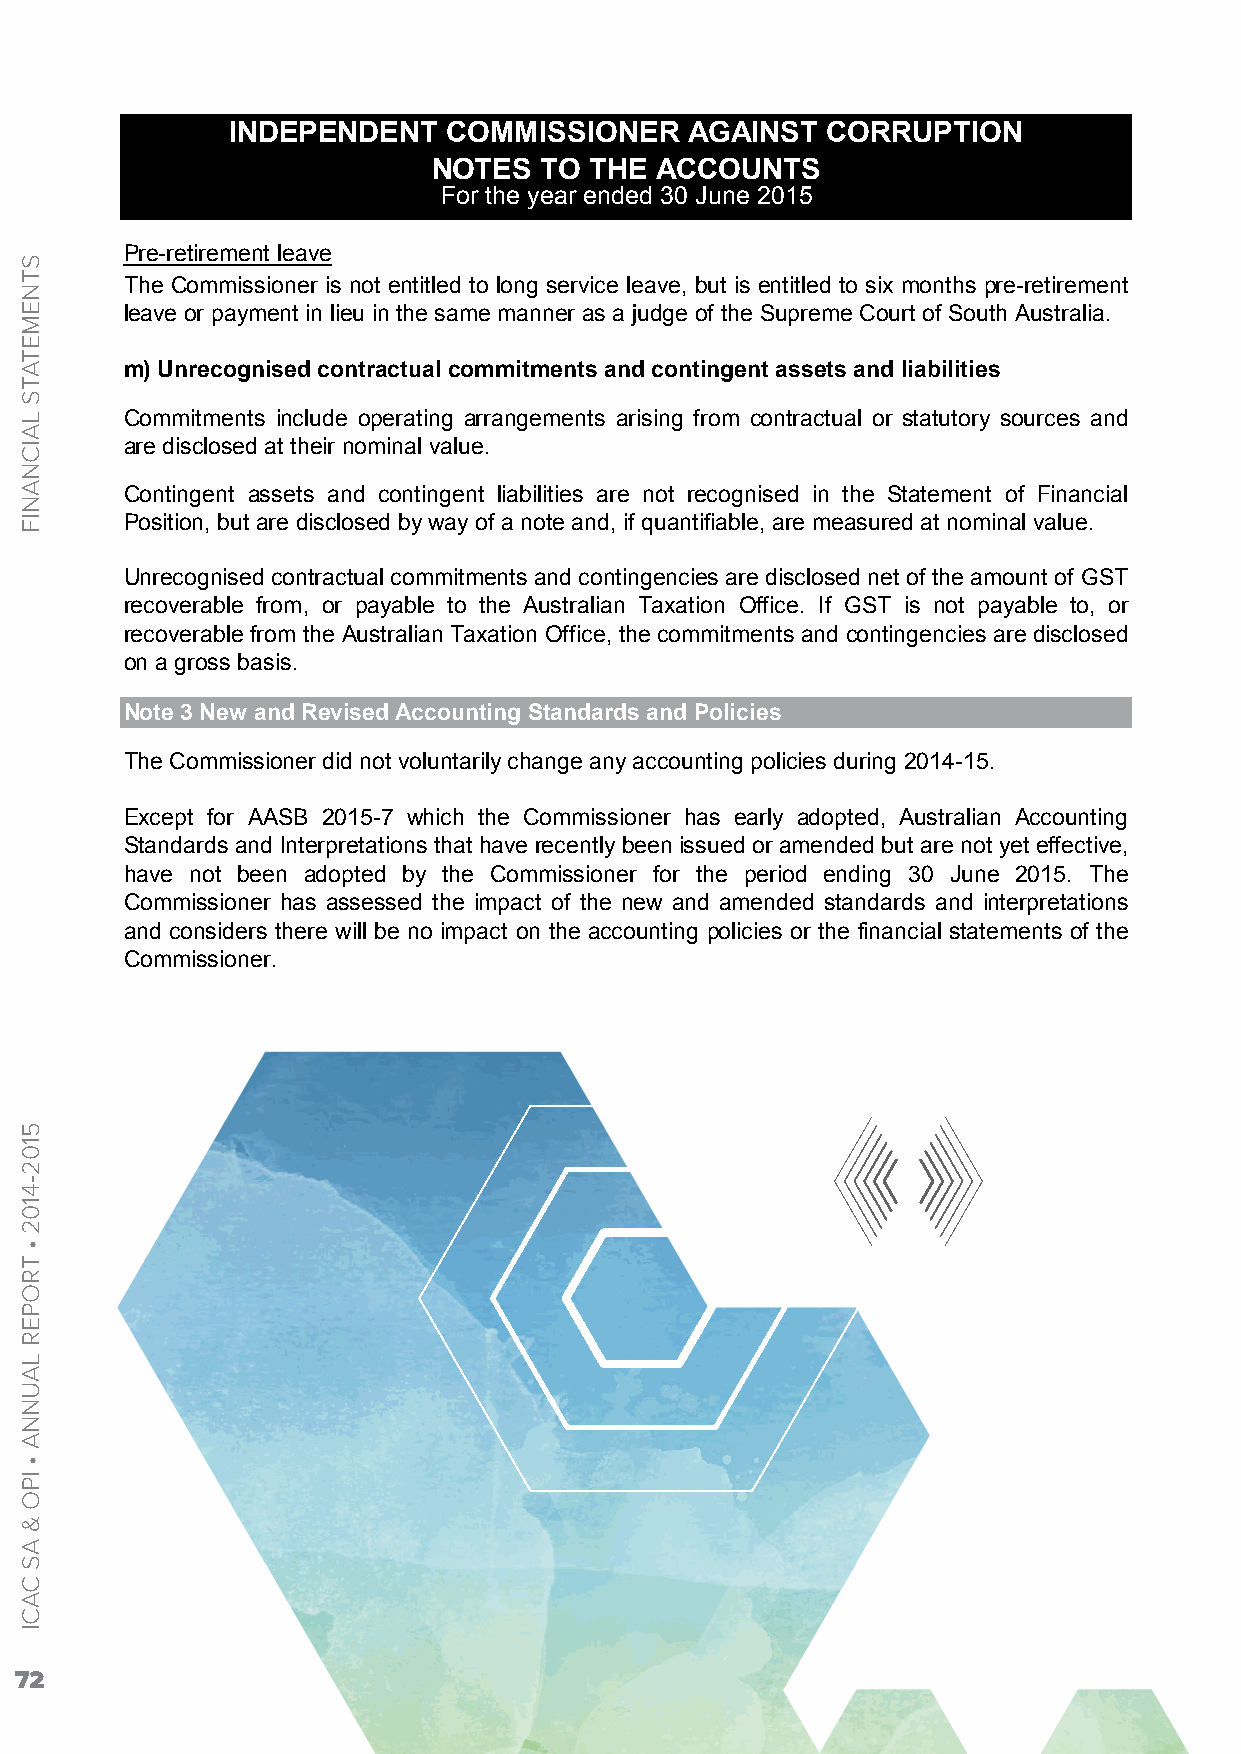
INDEPENDENT    COMMISSIONER    AGAINST  CORRUPTION
 NOTES  TO THE ACCOUNTS
 For the year ended 30 June 2015
 Pre-retirement leave
 The Commissioner is not entitled to long service leave, but is entitled to six months pre-retirement
 leave or payment in lieu in the same manner as a judge of the Supreme Court of South Australia.
 m) Unrecognised contractual commitments and contingent assets and liabilities
 Commitments include operating arrangements arising from contractual or statutory sources and
 are disclosed at their nominal value.
 Contingent assets and contingent liabilities are not recognised in the Statement of Financial
 Position, but are disclosed by way of a note and, if quantifiable, are measured at nominal value.
 Unrecognised contractual commitments and contingencies are disclosed net of the amount of GST
 recoverable from, or payable to the Australian Taxation Office. If GST is not payable to, or
 recoverable from the Australian Taxation Office, the commitments and contingencies are disclosed
 on a gross basis.
 Note 3 New and Revised Accounting Standards and Policies
 The Commissioner did not voluntarily change any accounting policies during 2014-15.
 Except for AASB 2015-7 which the Commissioner has early adopted, Australian Accounting
 Standards and Interpretations that have recently been issued or amended but are not yet effective,
 have not been adopted by the Commissioner for the period ending 30 June 2015. The
 Commissioner has assessed the impact of the new and amended standards and interpretations
 and considers there will be no impact on the accounting policies or the financial statements of the
 Commissioner.
 72
 STNEMETATS
 LAICNANIF
 5102-4102
 •
 TROPER
 LAUNNA
 •
 IPO
 &
 AS
 CACI